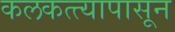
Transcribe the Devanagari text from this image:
कलकत्त्यापासून